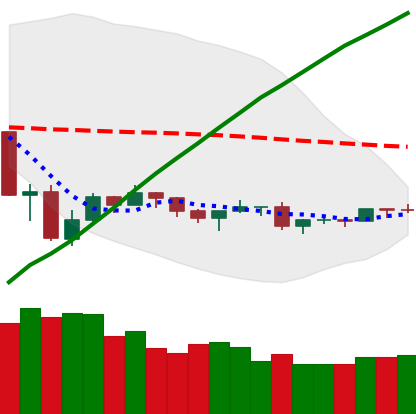
Ticker: ETH-USD
Chart end date: 2019-08-02
Forward return: 3.91%
Label: up_3_5